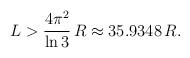
LaTeX: \begin{align*}L > {4 \pi^2 \over \ln{3}} \, R \approx 35.9348 \, R. \end{align*}